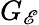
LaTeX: G_{\mathscr{E}}